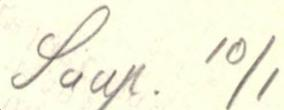
Saap. 10/1